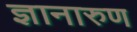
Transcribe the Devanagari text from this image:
ज्ञानारुण